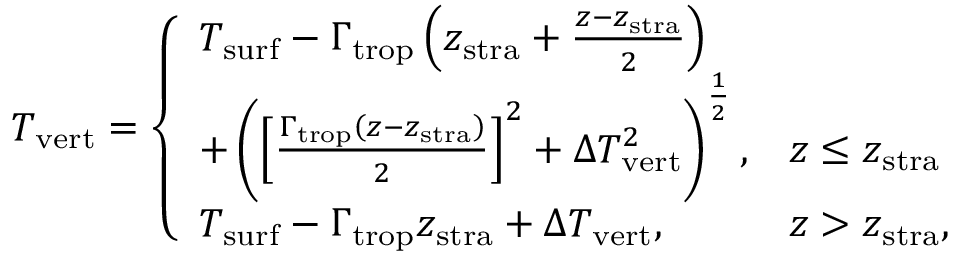
T _ { \mathrm { v e r t } } = \left\{ \begin{array} { l l } { T _ { \mathrm { s u r f } } - \Gamma _ { \mathrm { t r o p } } \left( z _ { \mathrm { s t r a } } + \frac { z - z _ { \mathrm { s t r a } } } { 2 } \right) } & \\ { + \left( \left[ \frac { \Gamma _ { \mathrm { t r o p } } \left( z - z _ { \mathrm { s t r a } } \right) } { 2 } \right] ^ { 2 } + \Delta T _ { \mathrm { v e r t } } ^ { 2 } \right) ^ { \frac { 1 } { 2 } } , } & { z \leq z _ { \mathrm { s t r a } } } \\ { T _ { \mathrm { s u r f } } - \Gamma _ { \mathrm { t r o p } } z _ { \mathrm { s t r a } } + \Delta T _ { \mathrm { v e r t } } , } & { z > z _ { \mathrm { s t r a } } , } \end{array} \right.